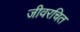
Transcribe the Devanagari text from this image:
जीवरचित